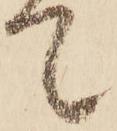
て